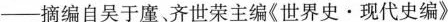
—摘编自吴于廑、齐世荣主编《世界史·现代史编》